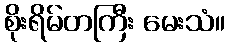
စိုးရိမ်တကြီး မေးသံ။